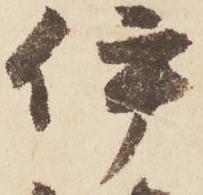
伊